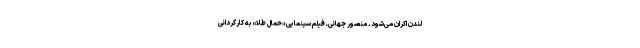
لندن اکران می‌شود. منصور جهانی ـ فيلم سينمايى «حمال طلا» به كارگردانی